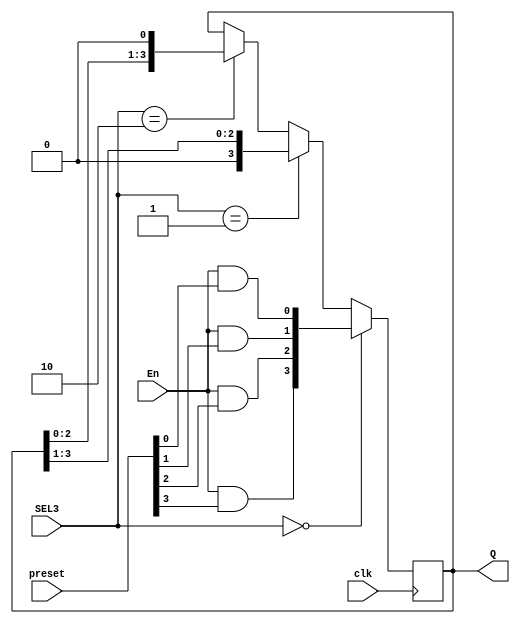
module shiftreg(
    input En,
    input clk,
    input [3:0] preset,
    input [1:0] SEL3,
    output reg [3:0] Q
    );

// SEL3 = 0 -> PARALLEL SHIFT
// SEL3 = 1 -> RIGHT SHIFT
// SEL3 = 2 -> LEFT SHIFT
// En = 0 -> Shift Register brings down its values from the received 4 bits of Counter

and (pr1, En, preset[0]);
and (pr2, En, preset[1]);
and (pr3, En, preset[2]);
and (pr4, En, preset[3]);

always @(posedge clk) begin
    if (SEL3 == 2'b00) begin
        Q <= {pr4, pr3, pr2, pr1};
    end

    else if (SEL3 == 2'b01) begin
        Q <= Q >> 1;
    end

    else if (SEL3 == 2'b10) begin
        Q <= Q << 1;
    end
    
end


endmodule